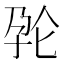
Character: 𱙺